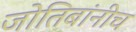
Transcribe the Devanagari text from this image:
जोतिबांनीच